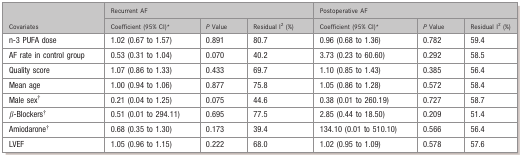
<table><thead><tr><td rowspan="2"><b>Covariates</b></td><td colspan="3"><b>Recurrent AF</b></td><td colspan="3"><b>Postoperative AF</b></td></tr><tr><td><b>Coefficient (95% CI)*</b></td><td><b><i>P</i> Value</b></td><td><b>Residual I<sup>2</sup> (%)</b></td><td><b>Coefficient (95% CI)*</b></td><td><b><i>P</i> Value</b></td><td><b>Residual I<sup>2</sup> (%)</b></td></tr></thead><tbody><tr><td>n‐3 PUFA dose</td><td>1.02 (0.67 to 1.57)</td><td>0.891</td><td>80.7</td><td>0.96 (0.68 to 1.36)</td><td>0.782</td><td>59.4</td></tr><tr><td>AF rate in control group</td><td>0.53 (0.31 to 1.04)</td><td>0.070</td><td>40.2</td><td>3.73 (0.23 to 60.60)</td><td>0.292</td><td>58.5</td></tr><tr><td>Quality score</td><td>1.07 (0.86 to 1.33)</td><td>0.433</td><td>69.7</td><td>1.10 (0.85 to 1.43)</td><td>0.385</td><td>56.4</td></tr><tr><td>Mean age</td><td>1.00 (0.94 to 1.06)</td><td>0.877</td><td>75.8</td><td>1.05 (0.86 to 1.28)</td><td>0.572</td><td>58.4</td></tr><tr><td>Male sex*</td><td>0.21 (0.04 to 1.25)</td><td>0.075</td><td>44.6</td><td>0.38 (0.01 to 260.19)</td><td>0.727</td><td>58.7</td></tr><tr><td>β‐Blockers*</td><td>0.51 (0.01 to 294.11)</td><td>0.695</td><td>77.5</td><td>2.85 (0.44 to 18.50)</td><td>0.209</td><td>51.4</td></tr><tr><td>Amiodarone*</td><td>0.68 (0.35 to 1.30)</td><td>0.173</td><td>39.4</td><td>134.10 (0.01 to 510.10)</td><td>0.566</td><td>56.4</td></tr><tr><td>LVEF</td><td>1.05 (0.96 to 1.15)</td><td>0.222</td><td>68.0</td><td>1.02 (0.95 to 1.09)</td><td>0.578</td><td>57.6</td></tr></tbody></table>